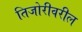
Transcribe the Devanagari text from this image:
तिजोरीवरील